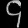
Digit: ၄